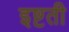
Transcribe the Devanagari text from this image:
इष्टती